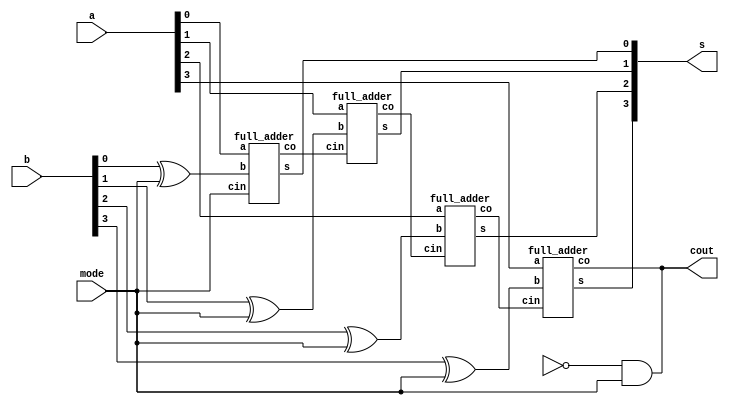
module adder_subtractor_false(s, cout, a, b, mode);
	
	input [3:0]a, b;
	input mode;
	output [3:0] s;
	output cout;
	
	wire c1, c2, c3,c4;
	
	full_adder f_a1(s[0], c1, a[0], (b[0]^mode), mode);
	full_adder f_a2(s[1], c2, a[1], (b[1]^mode), c1);
	full_adder f_a3(s[2], c3, a[2], (b[2]^mode), c2);
	full_adder f_a4(s[3], cout, a[3], (b[3]^mode), c3);
        and(cout, ~c4, mode);

endmodule


module full_adder(s, co, a, b, cin);

	input a, b, cin;
	output s, co;

	wire s1, c1, c2;

	half_adder h1(s1, c1, a, b);
	half_adder h2(s, c2, s1, cin);
	or(co, c2, c1);

endmodule

module half_adder(s, c, a, b);
	
	input a, b;
	output s, c;
	
	xor(s, a, b);
	and(c, a, b);

endmodule